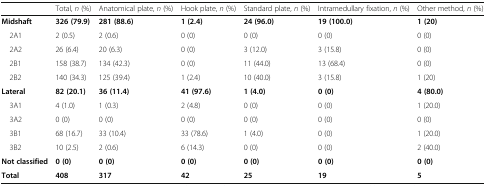
|  | Total, n (%) | Anatomical plate, n (%) | Hook plate, n (%) | Standard plate, n (%) | Intramedullary fixation, n (%) | Other method, n (%) |
 | --- | --- | --- | --- | --- | --- | --- |
 | Midshaft | 326 (79.9) | 281 (88.6) | 1 (2.4) | 24 (96.0) | 19 (100.0) | 1 (20) |
 | 2A1 | 2 (0.5) | 2 (0.6) | 0 (0) | 0 (0) | 0 (0) | 0 (0) |
 | 2A2 | 26 (6.4) | 20 (6.3) | 0 (0) | 3 (12.0) | 3 (15.8) | 0 (0) |
 | 2B1 | 158 (38.7) | 134 (42.3) | 0 (0) | 11 (44.0) | 13 (68.4) | 0 (0) |
 | 2B2 | 140 (34.3) | 125 (39.4) | 1 (2.4) | 10 (40.0) | 3 (15.8) | 1 (20) |
 | Lateral | 82 (20.1) | 36 (11.4) | 41 (97.6) | 1 (4.0) | 0 (0) | 4 (80.0) |
 | 3A1 | 4 (1.0) | 1 (0.3) | 2 (4.8) | 0 (0) | 0 (0) | 1 (20.0) |
 | 3A2 | 0 (0) | 0 (0) | 0 (0) | 0 (0) | 0 (0) | 0 (0) |
 | 3B1 | 68 (16.7) | 33 (10.4) | 33 (78.6) | 1 (4.0) | 0 (0) | 1 (20.0) |
 | 3B2 | 10 (2.5) | 2 (0.6) | 6 (14.3) | 0 (0) | 0 (0) | 2 (40.0) |
 | Not classified | 0 (0) | 0 (0) | 0 (0) | 0 (0) | 0 (0) | 0 (0) |
 | Total | 408 | 317 | 42 | 25 | 19 | 5 |